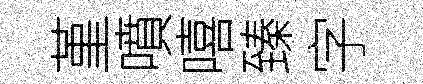
堇噴嘻臻字